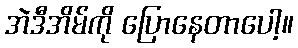
အဲဒီအိမ်ကို ပြောနေတာပေါ့။